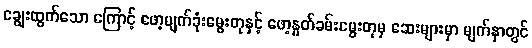
ချွေးထွက်သော ကြောင့် ဖော့မျက်ခုံးမွေးတုနှင့် ဖော့နှုတ်ခမ်းမွေးတုမှ ဆေးများမှာ မျက်နှာတွင်